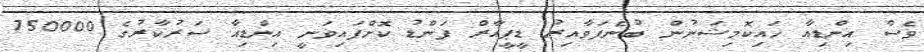
ވެސް އިންޑިއާ ހައިކޮމިޝަނުން ބުނެފަވާއިރު ޑީޕީއާރް ފަންޑު ކޮށްފައިވަނީ އިންޑިއާ ސަރުކާރުގެ 750000